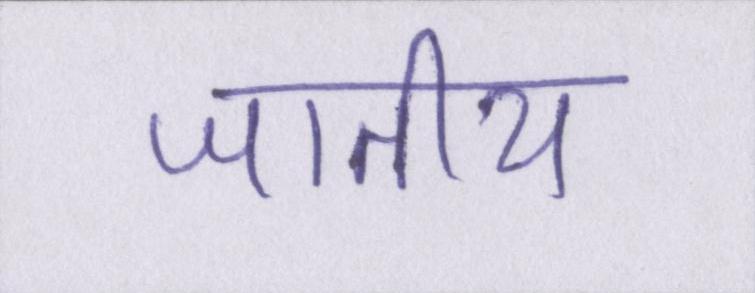
जातीय